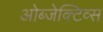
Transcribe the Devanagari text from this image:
ओब्जेक्टिव्स